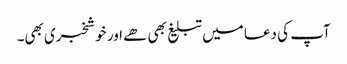
آپ کی دعا میں تبلیغ بھی ھے اور خوشخبری بھی۔